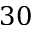
3 0